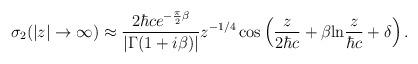
LaTeX: \begin{align*}{\sigma}_2 (|z| \to \infty) \approx \frac{ 2{\hbar}ce^{-\frac{\pi}{2}{\beta}} } {| {\Gamma}(1+i{\beta}) |}z^{-1/4} \cos\left(\frac{z}{2{\hbar}c} + \beta {\rm ln}\frac{z}{{\hbar}c}+ \delta \right).\end{align*}